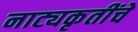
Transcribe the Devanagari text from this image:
नाट्यकृतींचे